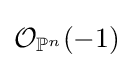
{\mathcal {O}}_{\mathbb {P} ^{n}}(-1)